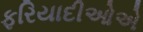
ફરિયાદીઓએ